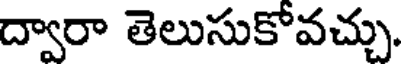
ద్వారా తెలుసుకోవచ్చు.